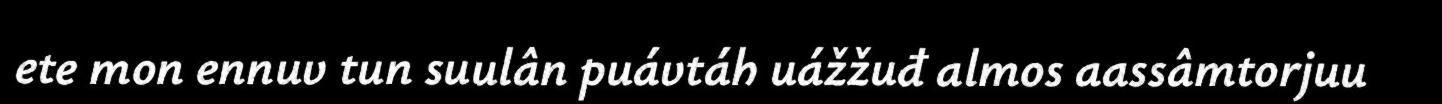
ete mon ennuv tun suulân puávtáh uážžuđ almos aassâmtorjuu